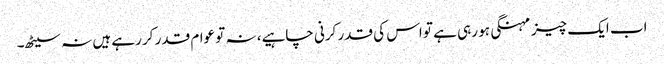
اب ایک چیز مہنگی ہو رہی ہے تو اس کی قدر کرنی چاہیے، نہ تو عوام قدر کر رہے ہیں نہ سیٹھ۔